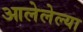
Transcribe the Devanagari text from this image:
आलेलेल्या